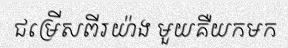
ជម្រើសពីរយ៉ាង មួយគឺយកមក